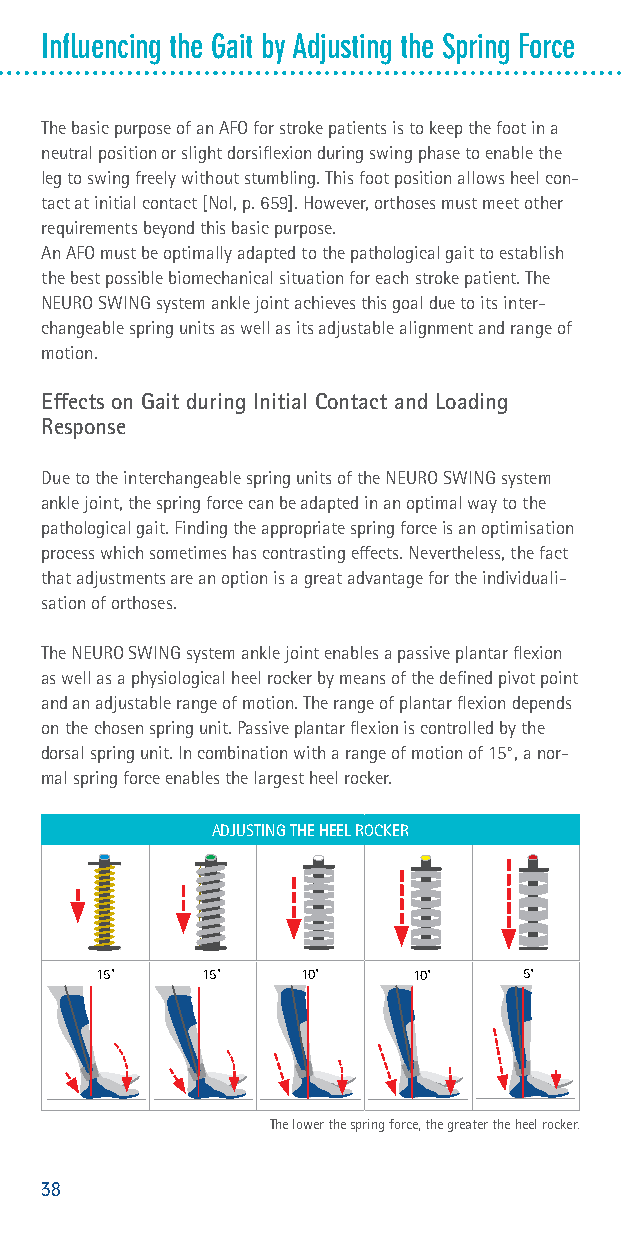
Influencing the Gait by Adjusting the Spring Force
 The basic purpose of an AFO for stroke patients is to keep the foot in a
 neutral position or slight dorsiflexion during swing phase to enable the
 leg to swing freely without stumbling. This foot position allows heel con-
 tact at initial contact [Nol, p. 659]. However, orthoses must meet other
 requirements beyond this basic purpose.
 An AFO must be optimally adapted to the pathological gait to establish
 the best possible biomechanical situation for each stroke patient. The
 NEURO SWING system ankle joint achieves this goal due to its inter-
 changeable spring units as well as its adjustable alignment and range of
 motion.
 Effects on Gait during Initial Contact and Loading
 Response
 Due to the interchangeable spring units of the NEURO SWING system
 ankle joint, the spring force can be adapted in an optimal way to the
 pathological gait. Finding the appropriate spring force is an optimisation
 process which sometimes has contrasting effects. Nevertheless, the fact
 that adjustments are an option is a great advantage for the individuali-
 sation of orthoses.
 The NEURO SWING system ankle joint enables a passive plantar flexion
 as well as a physiological heel rocker by means of the defined pivot point
 and an adjustable range of motion. The range of plantar flexion depends
 on the chosen spring unit. Passive plantar flexion is controlled by the
 dorsal spring unit. In combination with a range of motion of 15°, a nor-
 mal spring force enables the largest heel rocker.
 ADJUSTING THE HEEL ROCKER
 15°    15°    10°    10°     5°
 The lower the spring force, the greater the heel rocker.
 38